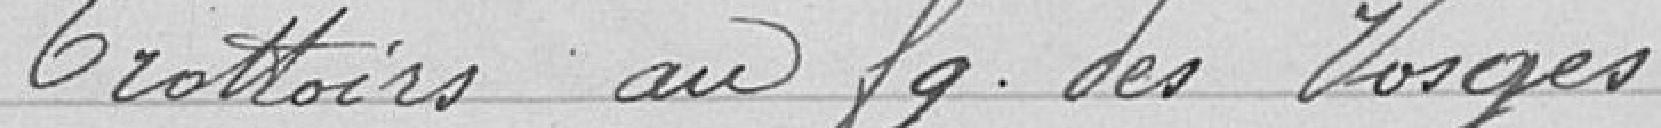
Trottoirs au fg des Vosges